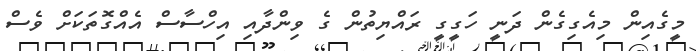
މީގެއިން މިއެގިގެން ދަނީ ހަގީގީ ރައްްޔިތުން ގެ ވިންދާއި އިހްސާސް އެއްގޮތަކަށް ވެސް